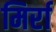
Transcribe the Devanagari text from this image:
मिर्रा